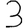
Digit: 3